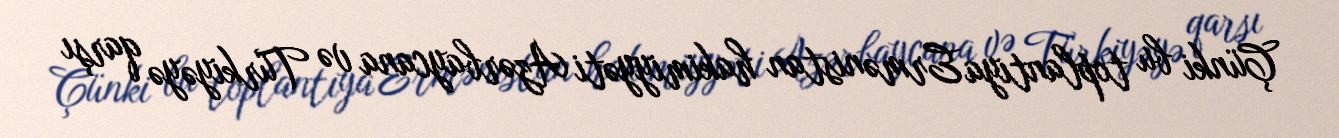
Çünki bu toplantıya Ermənistan hakimiyyəti Azərbaycana və Türkiyəyə qarşı